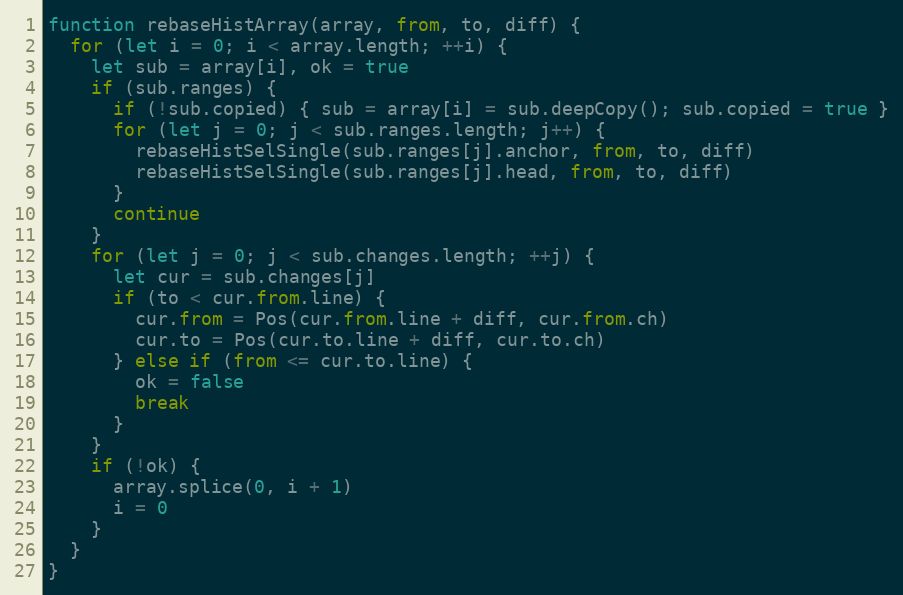
Language: JavaScript
function rebaseHistArray(array, from, to, diff) {
  for (let i = 0; i < array.length; ++i) {
    let sub = array[i], ok = true
    if (sub.ranges) {
      if (!sub.copied) { sub = array[i] = sub.deepCopy(); sub.copied = true }
      for (let j = 0; j < sub.ranges.length; j++) {
        rebaseHistSelSingle(sub.ranges[j].anchor, from, to, diff)
        rebaseHistSelSingle(sub.ranges[j].head, from, to, diff)
      }
      continue
    }
    for (let j = 0; j < sub.changes.length; ++j) {
      let cur = sub.changes[j]
      if (to < cur.from.line) {
        cur.from = Pos(cur.from.line + diff, cur.from.ch)
        cur.to = Pos(cur.to.line + diff, cur.to.ch)
      } else if (from <= cur.to.line) {
        ok = false
        break
      }
    }
    if (!ok) {
      array.splice(0, i + 1)
      i = 0
    }
  }
}